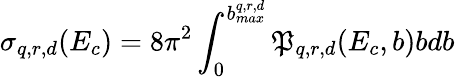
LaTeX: \sigma_{q,r,d}(E_{c})=8\pi^{2}\int_{0}^{b_{max}^{q,r,d}}\mathfrak{P}_{q,r,d}(E_{c},b)bdb